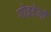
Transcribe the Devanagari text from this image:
गोइडेली